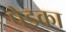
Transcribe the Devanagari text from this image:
पेडका